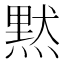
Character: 黙